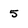
Character: 5